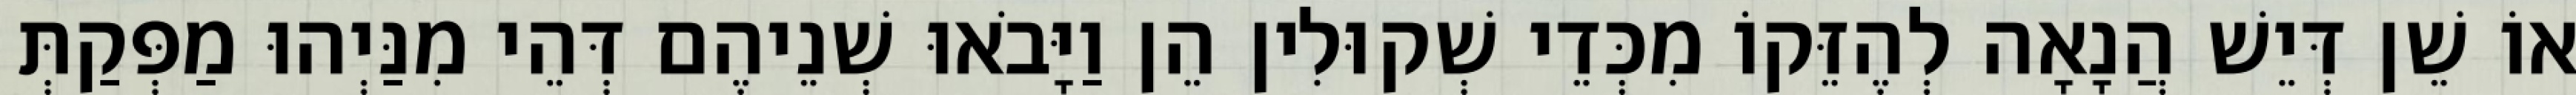
אוֹ שֵׁן דְּיֵשׁ הֲנָאָה לְהֶזֵּקוֹ מִכְּדֵי שְׁקוּלִין הֵן וַיָּבֹאוּ שְׁנֵיהֶם דְּהֵי מִנַּיְהוּ מַפְּקַתְּ